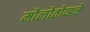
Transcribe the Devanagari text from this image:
मोलोतोव्हचे